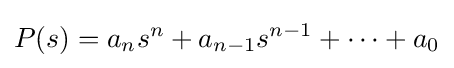
P(s)=a_{n}s^{n}+a_{n-1}s^{n-1}+\cdots +a_{0}